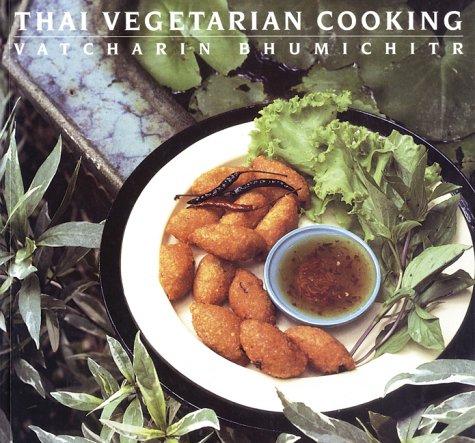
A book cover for Thai Vegetarian Cooking; Vatcharin Bhumichitr; Cookbooks, Food & Wine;